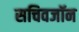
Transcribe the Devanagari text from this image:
सचिवजॉन